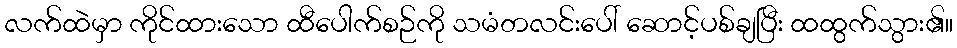
လက်ထဲမှာ ကိုင်ထားသော ထီပေါက်စဉ်ကို သမံတလင်းပေါ် ဆောင့်ပစ်ချပြီး ထထွက်သွား၏။